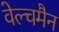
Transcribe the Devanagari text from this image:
वेल्चमैन